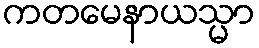
ကတမေနာယသ္မာ